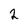
Character: 2